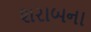
શરાબના